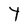
Character: Y